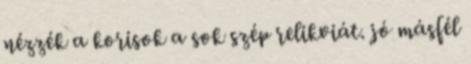
nézzék a korisok a sok szép relikviát. jó másfél